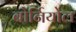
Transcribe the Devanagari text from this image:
बोर्नियोल